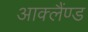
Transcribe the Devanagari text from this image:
आक्लैंण्ड